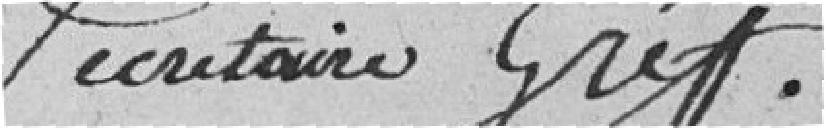
Secrétaire Greffier